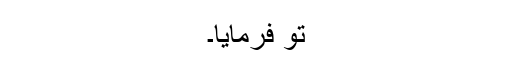
تو فرمایا۔